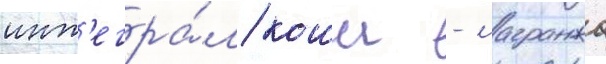
инт'егра́л коши - лагранжа